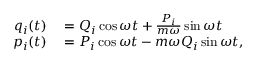
\begin{array} { r l } { q _ { i } ( t ) } & { { } = Q _ { i } \cos { \omega t } + { \frac { P _ { i } } { m \omega } } \sin { \omega t } } \\ { p _ { i } ( t ) } & { { } = P _ { i } \cos { \omega t } - m \omega Q _ { i } \sin { \omega t } , } \end{array}